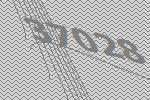
37028